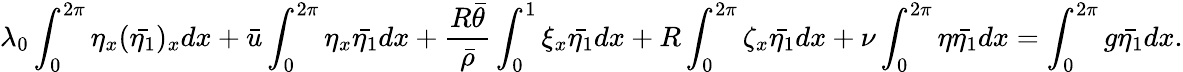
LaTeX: \lambda_{0}\int_{0}^{2\pi}\eta_{x}(\bar{\eta_{1}})_{x}dx+\bar{u}\int_{0}^{2\pi}\eta_{x}\bar{\eta_{1}}dx+\frac{R\bar{\theta}}{\bar{\rho}}\int_{0}^{1}\xi_{x}\bar{\eta_{1}}dx+R\int_{0}^{2\pi}\zeta_{x}\bar{\eta_{1}}dx+\nu\int_{0}^{2\pi}\eta\bar{\eta_{1}}dx=\int_{0}^{2\pi}g\bar{\eta_{1}}dx.